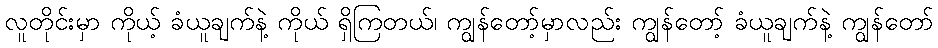
လူတိုင်းမှာ ကိုယ့် ခံယူချက်နဲ့ ကိုယ် ရှိကြတယ်၊ ကျွန်တော့်မှာလည်း ကျွန်တော့် ခံယူချက်နဲ့ ကျွန်တော်